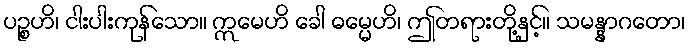
ပဉ္စဟိ၊ ငါးပါးကုန်သော။ ဣမေဟိ ခေါ ဓမ္မေဟိ၊ ဤတရားတို့နှင့်။ သမန္နာဂတော၊